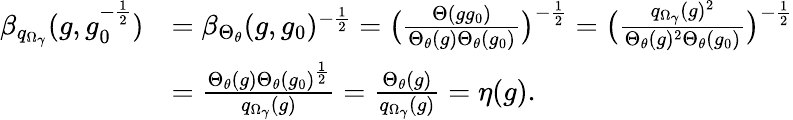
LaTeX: \begin{array}{rl}{\beta_{q_{\Omega_{\gamma}}}(g,g_{0}^{-\frac{1}{2}})}&{=\beta_{\Theta_{\theta}}(g,g_{0})^{-\frac{1}{2}}=\big(\frac{\Theta(gg_{0})}{\Theta_{\theta}(g)\Theta_{\theta}(g_{0})}\big)^{-\frac{1}{2}}=\big(\frac{q_{\Omega_{\gamma}}(g)^{2}}{\Theta_{\theta}(g)^{2}\Theta_{\theta}(g_{0})}\big)^{-\frac{1}{2}}}\\ &{=\frac{\Theta_{\theta}(g)\Theta_{\theta}(g_{0})^{\frac{1}{2}}}{q_{\Omega_{\gamma}}(g)}=\frac{\Theta_{\theta}(g)}{q_{\Omega_{\gamma}}(g)}=\eta(g).}\end{array}